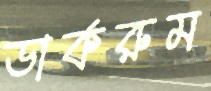
ডার্করুম